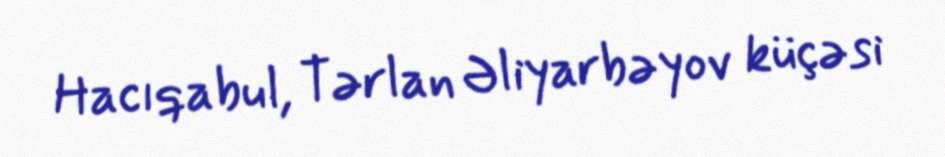
Hacıqabul, Tərlan Əliyarbəyov küçəsi